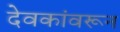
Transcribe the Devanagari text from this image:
देवकांवरून